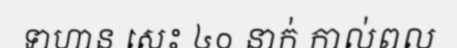
ទាហាន សេះ ៤០ នាក់ កាល់ពល